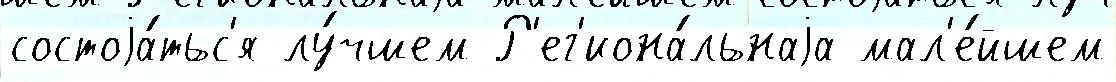
состоjа́тьс'я лу́чшем Р'ег'иона́льнаjа мал'е́йшем